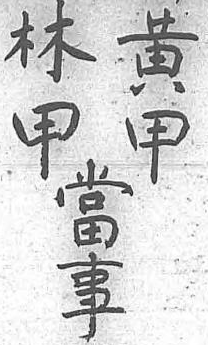
黄林當甲甲事